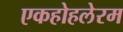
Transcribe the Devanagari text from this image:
एकहोहलेरम